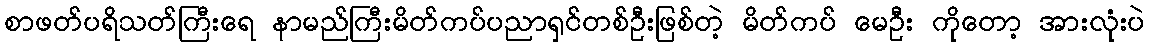
စာဖတ်ပရိသတ်ကြီးရေ နာမည်ကြီးမိတ်ကပ်ပညာရှင်တစ်ဦးဖြစ်တဲ့ မိတ်ကပ် မေဦး ကိုတော့ အားလုံးပဲ